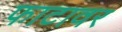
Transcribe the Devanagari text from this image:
फाटावर